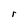
Character: r